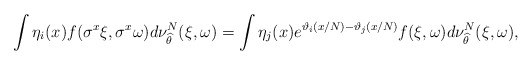
\begin{align*} \int \eta_i(x) f(\sigma^x\xi, \sigma^x\omega) d\nu_{\widehat \theta }^N (\xi,\omega) = \int \eta_j(x) e^{\vartheta_i(x/N) - \vartheta_j(x/N)} f(\xi, \omega) d\nu_{\widehat \theta }^N (\xi,\omega), \end{align*}